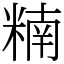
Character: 䊖